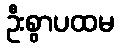
ဦးစွာပထမ